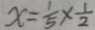
x = \frac { 1 } { 5 } \times \frac { 1 } { 2 }